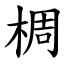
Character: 椆